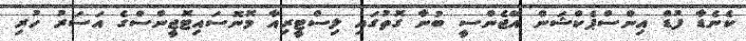
ކެނެޑާ ފުޑް އިންސްޕެކްޝަން އޭޖެންސީ ބުނާ ގޮތުގައި ލިސްޓީރިއާ މޮނޮސައިޓޮޖީންސްގެ އަސަރު ހުރި